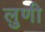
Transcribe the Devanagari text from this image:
लुणी